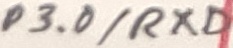
Text: P3.0/RXD